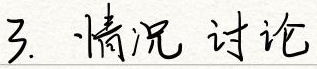
3. 情况 讨论